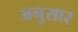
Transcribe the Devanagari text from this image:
अनुसार